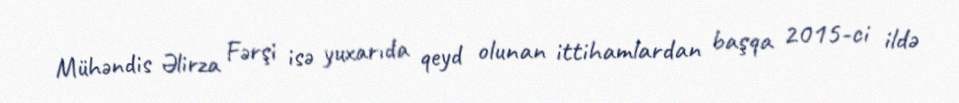
Mühəndis Əlirza Fərşi isə yuxarıda qeyd olunan ittihamlardan başqa 2015-ci ildə